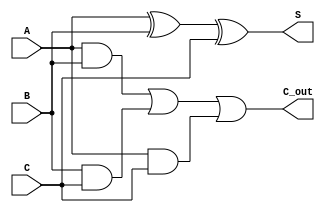
module Modified_Carry_Save_Adder #(parameter n = 8) (
    input  [n-1:0] A, // First input vector
    input  [n-1:0] B, // Second input vector
    input  [n-1:0] C, // Third input vector
    output [n-1:0] S, // Sum output
    output [n-1:0] C_out // Carry output
);

    // Intermediate wires for carries
    wire [n-1:0] carry_AB; // Carry from A and B
    wire [n-1:0] carry_BC; // Carry from B and C
    wire [n-1:0] carry_AC; // Carry from A and C

    // Calculate partial sums and carries
    assign S = A ^ B ^ C; // Sum: S[i] = A[i]  B[i]  C[i]

    // Calculate carries
    assign carry_AB = A & B; // Carry from A and B
    assign carry_BC = B & C; // Carry from B and C
    assign carry_AC = A & C; // Carry from A and C

    // Final carry output
    assign C_out = carry_AB | carry_BC | carry_AC; // Carry: C[i] = (A[i]  B[i])  (B[i]  C[i])  (A[i]  C[i])

endmodule